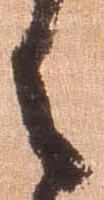
之